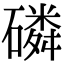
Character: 磷